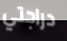
دراجتي